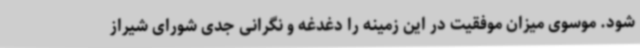
شود. موسوی میزان موفقیت در این زمینه را دغدغه و نگرانی جدی شورای شیراز